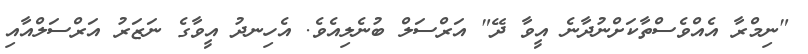
"ނިމްރާ އެއްވެސްތާކަށްނުދާނެ އީވާ ދޭ" އަރްސަލް ބުނެލިއެވެ. އެހިނދު އީވާގެ ނަޒަރު އަރްސަލްއާއި